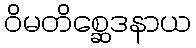
ဝိမတိစ္ဆေဒနာယ